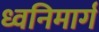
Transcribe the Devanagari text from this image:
ध्वनिमार्ग